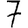
Digit: 7